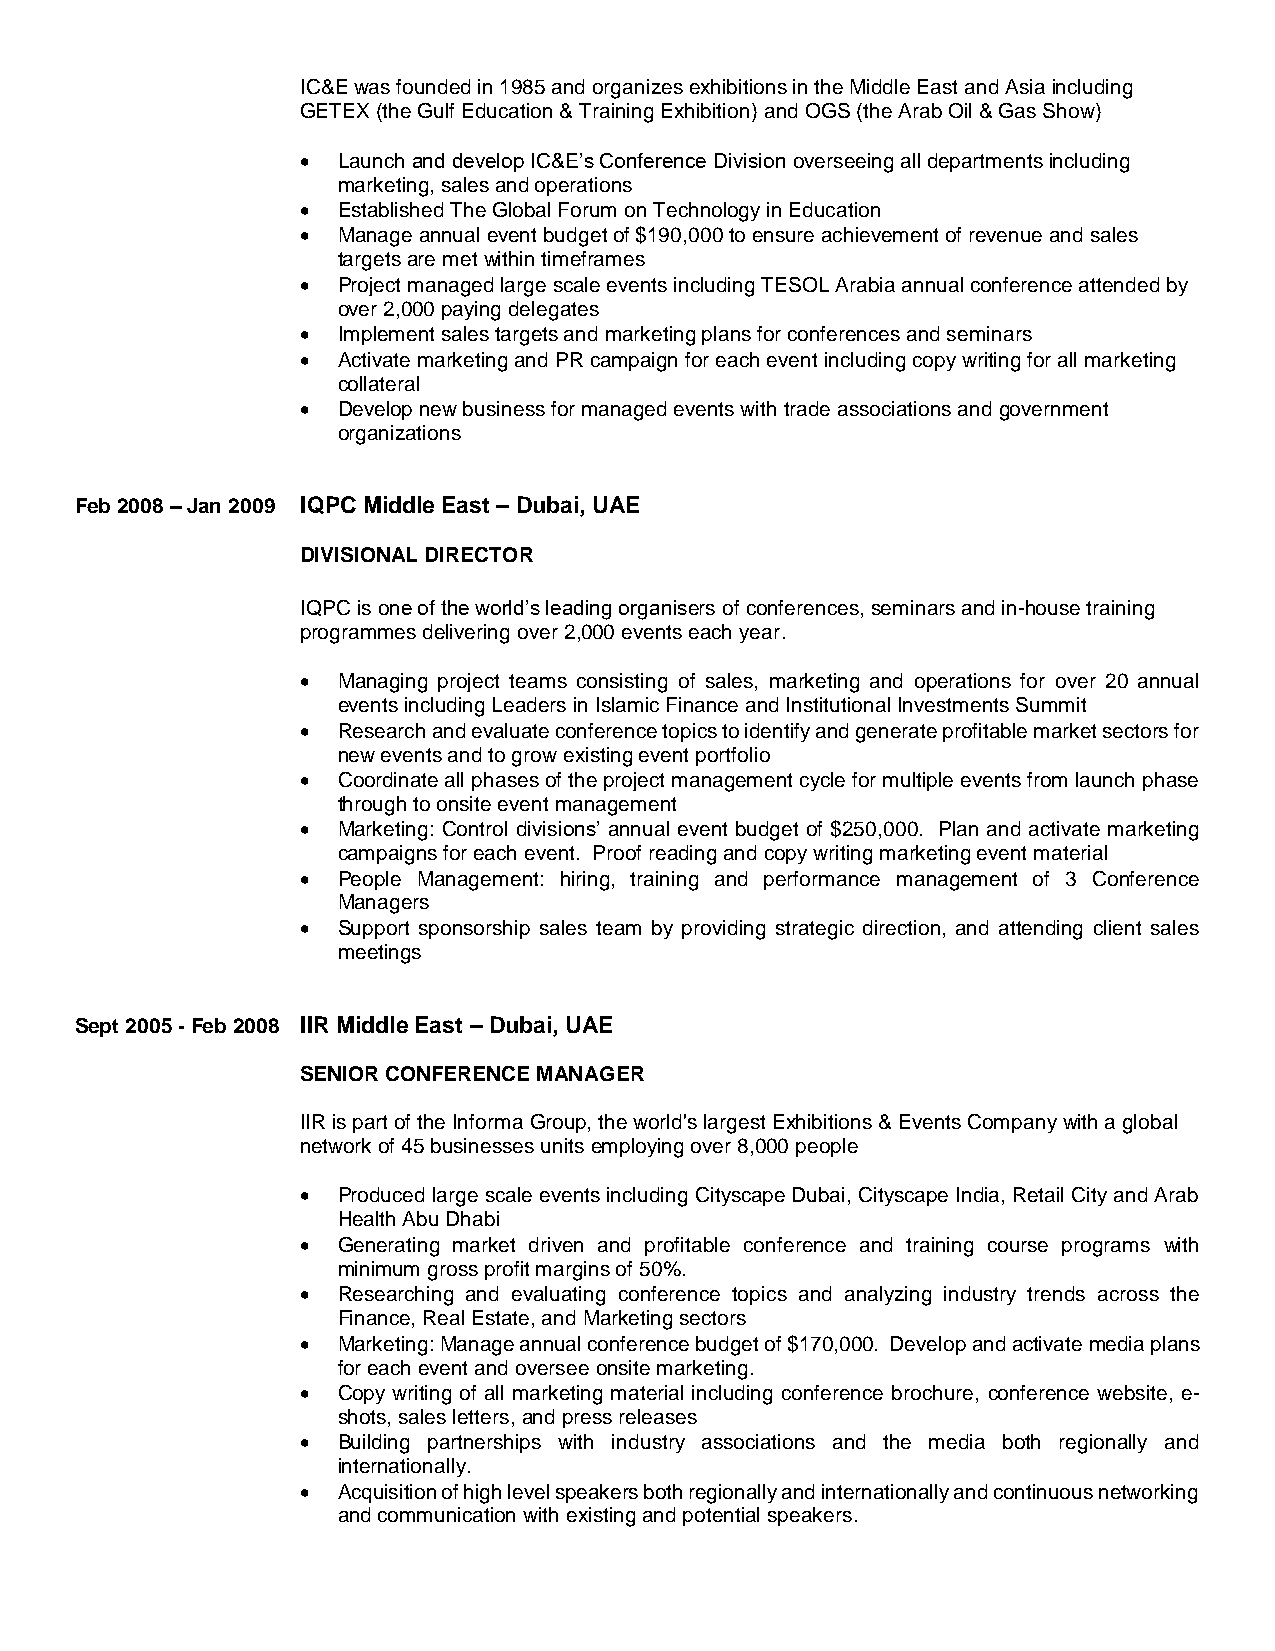
IC&E was founded in 1985 and organizes exhibitions in the Middle East and Asia including
 GETEX (the Gulf Education & Training Exhibition) and OGS (the Arab Oil & Gas Show)
  Launch and develop IC&E’s Conference Division overseeing all departments including
 marketing, sales and operations
  Established The Global Forum on Technology in Education
  Manage annual event budget of $190,000 to ensure achievement of revenue and sales
 targets are met within timeframes
  Project managed large scale events including TESOL Arabia annual conference attended by
 over 2,000 paying delegates
  Implement sales targets and marketing plans for conferences and seminars
  Activate marketing and PR campaign for each event including copy writing for all marketing
 collateral
  Develop new business for managed events with trade associations and government
 organizations
 Feb 2008 – Jan 2009 IQPC Middle East – Dubai, UAE
 DIVISIONAL DIRECTOR
 IQPC is one of the world’s leading organisers of conferences, seminars and in-house training
 programmes delivering over 2,000 events each year.
  Managing project teams consisting of sales, marketing and operations for over 20 annual
 events including Leaders in Islamic Finance and Institutional Investments Summit
  Research and evaluate conference topics to identify and generate profitable market sectors for
 new events and to grow existing event portfolio
  Coordinate all phases of the project management cycle for multiple events from launch phase
 through to onsite event management
  Marketing: Control divisions’ annual event budget of $250,000. Plan and activate marketing
 campaigns for each event. Proof reading and copy writing marketing event material
  People Management: hiring, training and performance management of 3 Conference
 Managers
  Support sponsorship sales team by providing strategic direction, and attending client sales
 meetings
 Sept 2005 - Feb 2008 IIR Middle East – Dubai, UAE
 SENIOR CONFERENCE MANAGER
 IIR is part of the Informa Group, the world's largest Exhibitions & Events Company with a global
 network of 45 businesses units employing over 8,000 people
  Produced large scale events including Cityscape Dubai, Cityscape India, Retail City and Arab
 Health Abu Dhabi
  Generating market driven and profitable conference and training course programs with
 minimum gross profit margins of 50%.
  Researching and evaluating conference topics and analyzing industry trends across the
 Finance, Real Estate, and Marketing sectors
  Marketing: Manage annual conference budget of $170,000. Develop and activate media plans
 for each event and oversee onsite marketing.
  Copy writing of all marketing material including conference brochure, conference website, e-
 shots, sales letters, and press releases
  Building partnerships with industry associations and the media both regionally and
 internationally.
  Acquisition of high level speakers both regionally and internationally and continuous networking
 and communication with existing and potential speakers.